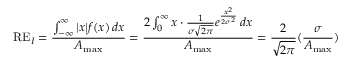
\mathrm { R E } _ { I } = \frac { \int _ { - \infty } ^ { \infty } \vert x \vert f ( x ) \, d x } { A _ { \operatorname* { m a x } } } = \frac { 2 \int _ { 0 } ^ { \infty } x \cdot \frac { 1 } { \sigma \sqrt { 2 \pi } } e ^ { \frac { x ^ { 2 } } { 2 \sigma ^ { 2 } } } \, d x } { A _ { \operatorname* { m a x } } } = \frac { 2 } { \sqrt { 2 \pi } } ( \frac { \sigma } { A _ { \operatorname* { m a x } } } )